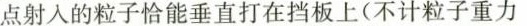
点射入的粒子恰能垂直打在挡板上(不计粒子重力